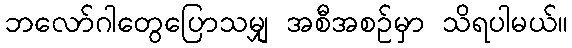
ဘလော်ဂါတွေပြောသမျှ အစီအစဉ်မှာ သိရပါမယ်။